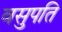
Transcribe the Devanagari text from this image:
वसुपति